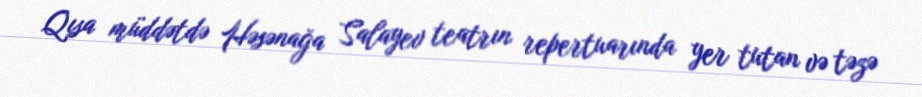
Qısa müddətdə Həsənağa Salayev teatrın repertuarında yer tutan və təzə